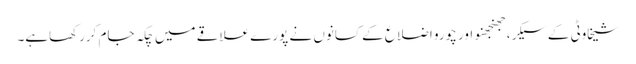
شیخاوٹی کے سیکر، جھنجھنو اور چورو اضلاع کے کسانوں نے پورے علاقے میں چکہ جام کررکھاہے۔